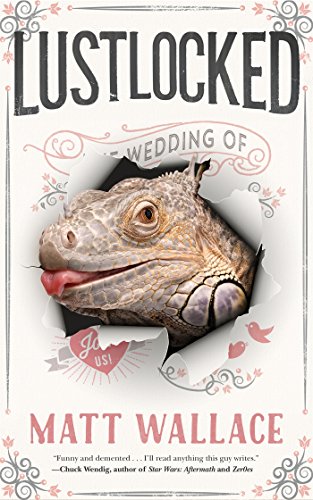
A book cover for Lustlocked: A Sin du Jour Affair; Matt Wallace; Science Fiction & Fantasy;